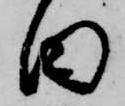
田